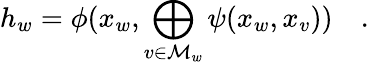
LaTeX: h_{w}=\phi(x_{w},\bigoplus_{v\in\mathcal{M}_{w}}\psi(x_{w},x_{v}))\quad.